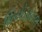
થિયોફાઇલ